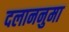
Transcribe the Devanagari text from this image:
दलाननुमा